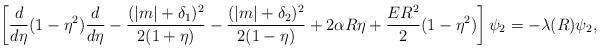
\begin{align*}\left[ \frac{d}{d\eta}(1-\eta^2) \frac{d}{d\eta} -\frac{(|m|+\delta_1)^2}{2(1+\eta)}-\frac{(|m|+\delta_2)^2}{2(1-\eta)}+ 2 \alpha R\eta + \frac{ER^2}{2} (1-\eta^2)\right] \psi_2 = - \lambda(R) \psi_2,\end{align*}